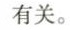
有关。